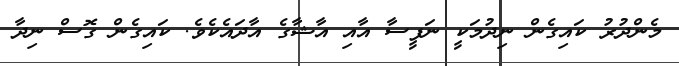
މެންދުރު ކައިގެން ނިދުމަކީ ނަފީސާ އާއި އާޝާގެ އާދައެކެވެ. ކައިގެން ގޮސް ނިދާ